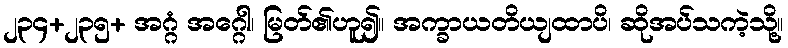
၂၃၄+၂၃၅+ အဂ္ဂံ အဂ္ဂေါ၊ မြတ်၏ဟူ၍။ အက္ခာယတိယျထာပိ၊ ဆိုအပ်သကဲ့သို့။